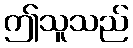
ဤသူသည်